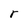
Character: r